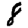
Digit: 8